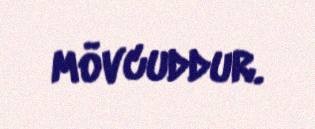
mövcuddur.